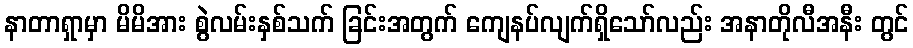
နာတာရှာမှာ မိမိအား စွဲလမ်းနှစ်သက် ခြင်းအတွက် ကျေနပ်လျက်ရှိသော်လည်း အနာတိုလီအနီး တွင်